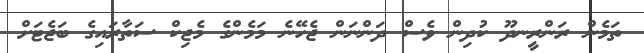
ތަމެން ރަންރީނދޫ ކުދިން ވެސް ދަންނަން ޖެހޭނެ މަމެންގެ މެޖިކް ސަތާރައިގެ ބަޖެޓަށް